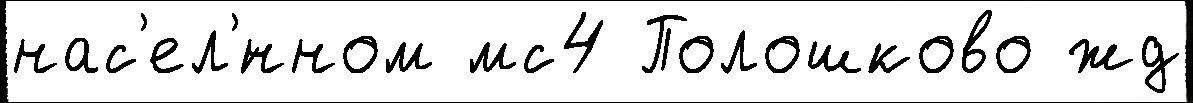
нас'ел'́нном мс4 Полошково жд